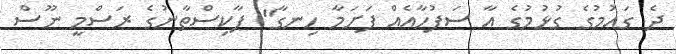
ދެ ގައުމުގެ ގުޅުމުގެ އާ ސަފުހާއެއް ފަށަމާ ހިނގާ" ޕާކިސްތާނުގެ ރަސްމީ ނޫސް